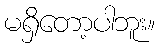
မရှိတော့ပါဘူး။